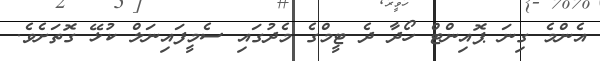
އެންމެ ގިނަ ޕޮއިންޓް ހޯދާ ދެ ޓީމްގެ މެދުގައި ސެމީފައިނަލް ކުޅޭ ގޮތަށެވެ.